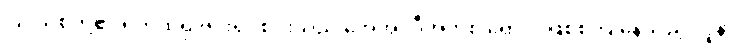
ပြင်သစ်တို့၏ ရက်ထရို ဗိုင်းရပ်စ်ပိုးသည် အေအိုင်ဒီအက်စ် ရောဂါ ဖြစ်စ ပြုနေသည့် လူနာ